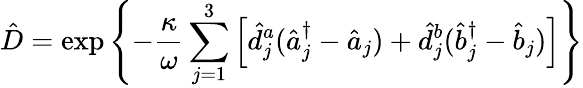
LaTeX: \hat{D}=\exp{\left\{ -\frac{\kappa}{\omega}\sum_{j=1}^{3}\left[\hat{d}_{j}^{a}(\hat{a}_{j}^{\dagger}-\hat{a}_{j})+\hat{d}_{j}^{b}(\hat{b}_{j}^{\dagger}-\hat{b}_{j})\right]\right\} }